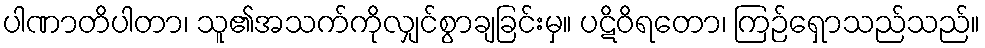
ပါဏာတိပါတာ၊ သူ၏အသက်ကိုလျှင်စွာချခြင်းမှ။ ပဋိဝိရတော၊ ကြဉ်ရှောသည်သည်။